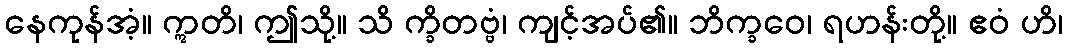
နေကုန်အံ့။ ဣတိ၊ ဤသို့။ သိ က္ခိတဗ္ဗံ၊ ကျင့်အပ်၏။ ဘိက္ခဝေ၊ ရဟန်းတို့။ ဧဝံ ဟိ၊